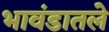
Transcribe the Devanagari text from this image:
भावंडातले